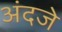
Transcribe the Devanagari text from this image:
अंदजे